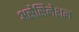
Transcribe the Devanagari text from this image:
असेसिनेशन